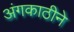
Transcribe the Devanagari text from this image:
अंगकाठीने